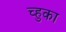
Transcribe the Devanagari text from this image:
च्हुका